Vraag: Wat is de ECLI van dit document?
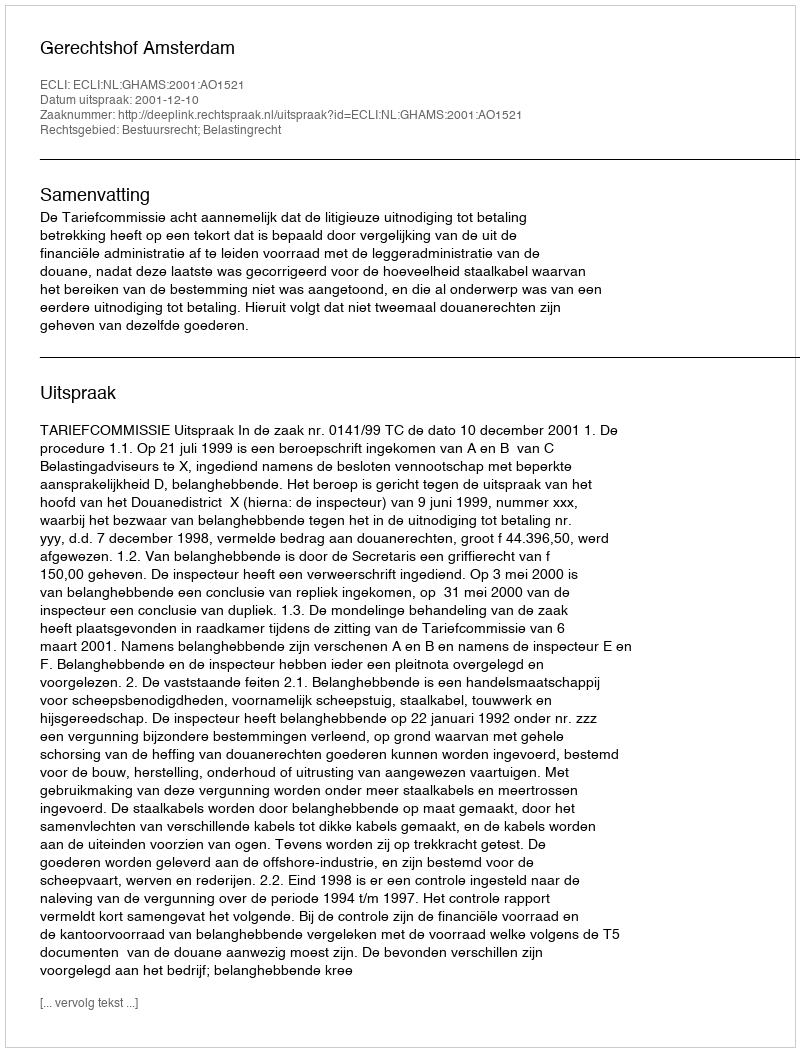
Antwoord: ECLI:NL:GHAMS:2001:AO1521